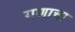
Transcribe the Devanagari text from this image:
गणाचा